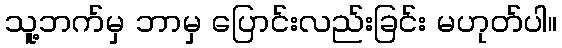
သူ့ဘက်မှ ဘာမှ ပြောင်းလည်းခြင်း မဟုတ်ပါ။